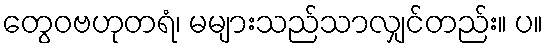
တွေဝဗဟုတရံ၊ မများသည်သာလျှင်တည်း။ ပ။